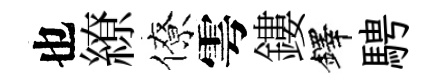
也繚僚雩鏤鐸騁